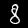
Label: 8